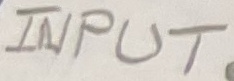
Text: INPUT